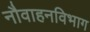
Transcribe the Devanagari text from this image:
नौवाहनविभाग